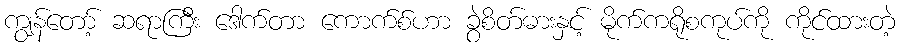
ကျွန်တော့် ဆရာကြီး ဒေါက်တာ ကောက်စ်ဟာ ခွဲစိတ်ဓားနှင့် မိုက်ကရိုစကုပ်ကို ကိုင်ထားတဲ့